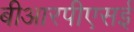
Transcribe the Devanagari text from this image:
बीआरपीएसई